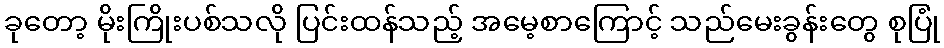
ခုတော့ မိုးကြိုးပစ်သလို ပြင်းထန်သည့် အမေ့စာကြောင့် သည်မေးခွန်းတွေ စုပြုံ